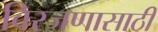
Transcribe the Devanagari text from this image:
विरजणासाठी